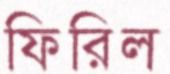
ফিরিল